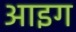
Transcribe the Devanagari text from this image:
आइग